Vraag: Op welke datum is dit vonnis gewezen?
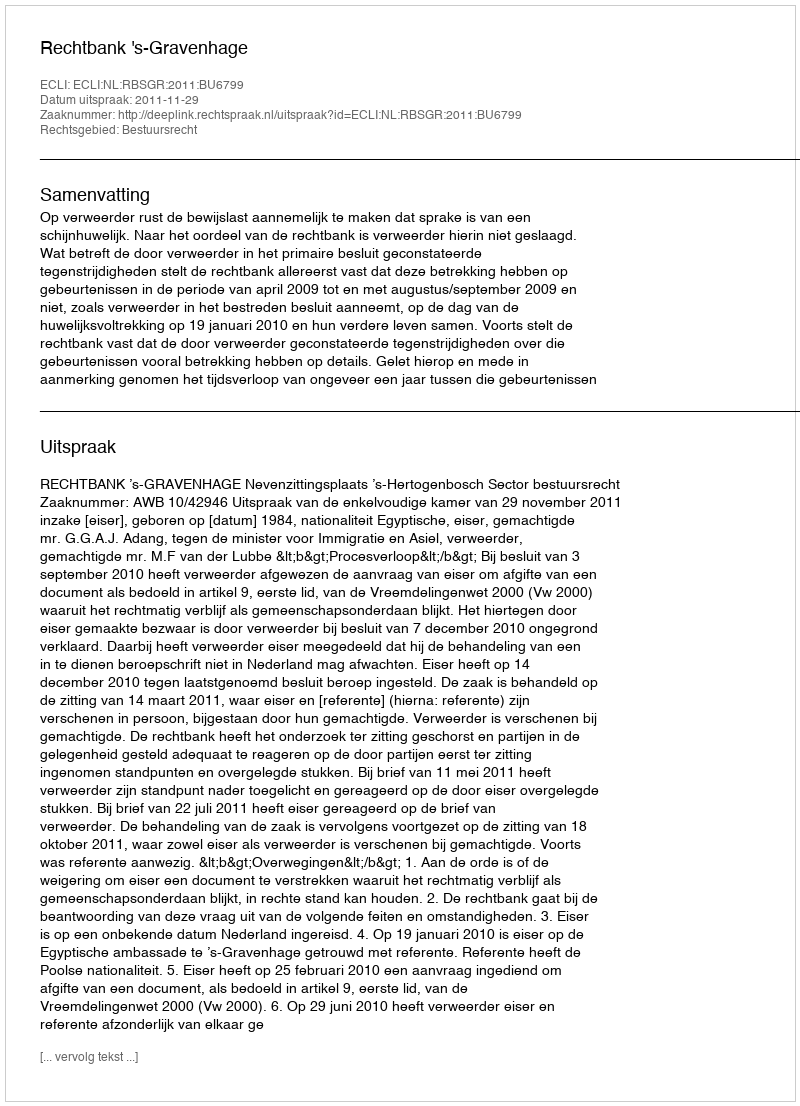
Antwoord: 2011-11-29